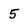
Character: 5